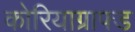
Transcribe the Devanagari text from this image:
कोरियाग्राफ्ड